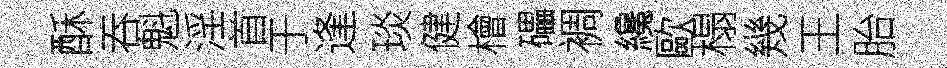
酥吞魁淫首于逢琰健檜礧裯纔歐榻幾王胎